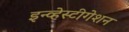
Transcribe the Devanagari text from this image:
इन्व्हेस्टीगेशन